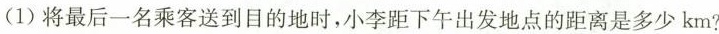
(1)将最后一名乘客送到目的地时，小李距下午出发地点的距离是多少km?